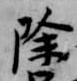
除